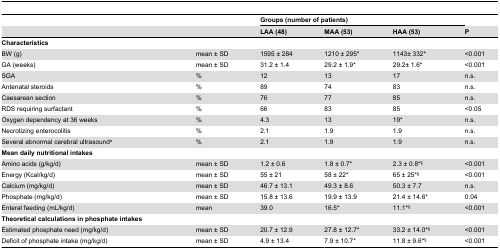
|  |  | <COLSPAN=3> Groups (number of patients) |  |
 |  |  | LAA (48) | MAA (53) | HAA (53) | P |
 | --- | --- | --- | --- | --- | --- |
 | <COLSPAN=2> Characteristics |  |  |  |  |
 | BW (g) | mean ± SD | 1595 ± 284 | 1210 ± 295* | 1143± 332* | <0.001 |
 | GA (weeks) | mean ± SD | 31.2 ± 1.4 | 29.2 ± 1.9* | 29.2± 1.6* | <0.001 |
 | SGA | % | 12 | 13 | 17 | n.s. |
 | Antenatal steroids | % | 89 | 74 | 83 | n.s. |
 | Caesarean section | % | 76 | 77 | 85 | n.s. |
 | RDS requiring surfactant | % | 66 | 83 | 85 | <0.05 |
 | Oxygen dependency at 36 weeks | % | 4.3 | 13 | 19* | n.s. |
 | Necrotizing enterocolitis | % | 2.1 | 1.9 | 1.9 | n.s. |
 | Several abnormal cerebral ultrasounda | % | 2.1 | 1.9 | 1.9 | n.s. |
 | <COLSPAN=2> Mean daily nutritional intakes |  |  |  |  |
 | Amino acids (g/kg/d) | mean ± SD | 1.2 ± 0.6 | 1.8 ± 0.7* | 2.3 ± 0.8*§ | <0.001 |
 | Energy (Kcal/kg/d) | mean ± SD | 55 ± 21 | 58 ± 22* | 65 ± 25*§ | <0.001 |
 | Calcium (mg/kg/d) | mean ± SD | 46.7 ± 13.1 | 49.3 ± 8.6 | 50.3 ± 7.7 | n.s. |
 | Phosphate (mg/kg/d) | mean ± SD | 15.8 ± 13.6 | 19.9 ± 13.9 | 21.4 ± 14.6* | 0.04 |
 | Enteral feeding (mL/kg/d) | mean | 39.0 | 16.5* | 11.1*§ | <0.001 |
 | <COLSPAN=2> Theoretical calculations in phosphate intakes |  |  |  |  |
 | Estimated phosphate need (mg/kg/d) | mean ± SD | 20.7 ± 12.9 | 27.8 ± 12.7* | 33.2 ± 14.0*§ | <0.001 |
 | Deficit of phosphate intake (mg/kg/d) | mean ± SD | 4.9 ± 13.4 | 7.9 ± 10.7* | 11.8 ± 9.6*§ | <0.001 |